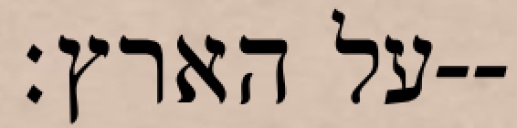
על הארץ׃--